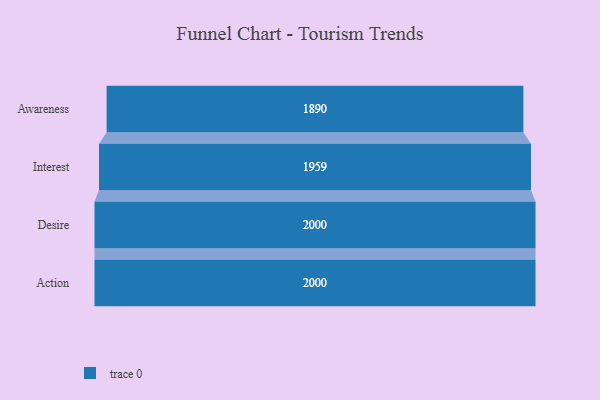
{"axis": {"x": "Stage", "y": "Value"}, "legend": [""], "data": [{"x": "Awareness", "y": 1890.0, "type": ""}, {"x": "Interest", "y": 1959.0, "type": ""}, {"x": "Desire", "y": 2000, "type": ""}, {"x": "Action", "y": 2000, "type": ""}]}